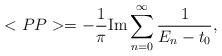
LaTeX: \begin{align*}<PP> = -\frac{1}{\pi } {\rm Im} \sum _{n=0}^{\infty} \frac{1}{E_{n} - t_{0}},\end{align*}